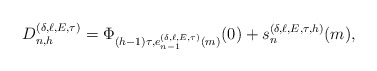
\begin{align*}D^{(\delta,\ell,E,\tau)}_{n,h}= \Phi_{(h-1)\tau,e^{(\delta,\ell,E,\tau)}_{n-1}(m)}(0)+s^{(\delta,\ell,E,\tau,h)}_{n}(m), \end{align*}